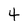
Character: 4